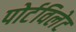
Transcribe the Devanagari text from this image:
पोर्टविलेट